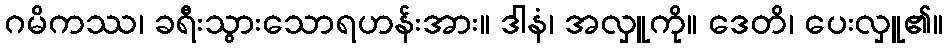
ဂမိကဿ၊ ခရီးသွားသောရဟန်းအား။ ဒါနံ၊ အလှူကို။ ဒေတိ၊ ပေးလှူ၏။